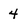
Character: 4